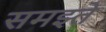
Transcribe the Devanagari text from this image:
समझ्ते